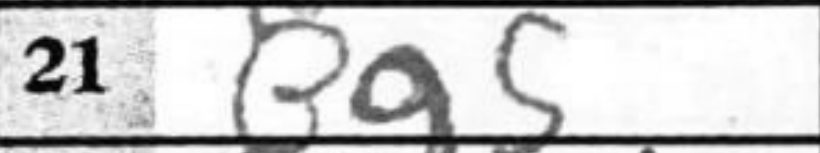
Transcription: Bg5